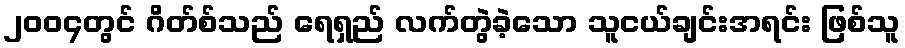
၂၀၀၄တွင် ဂိတ်စ်သည် ရေရှည် လက်တွဲခဲ့သော သူငယ်ချင်းအရင်း ဖြစ်သူ